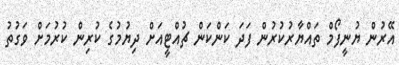
އޭރުން ޔުނީފޯމް ތައްޔާރުކުރުން ފަދަ ކަންކަން ޗުއްޓީއަށް ދިޔުމުގެ ކުރިން ކުރުމަށް ވަގުތު